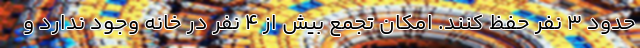
حدود 3 نفر حفظ کنند. امکان تجمع بیش از 4 نفر در خانه وجود ندارد و